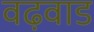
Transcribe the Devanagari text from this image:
वढ़वाड